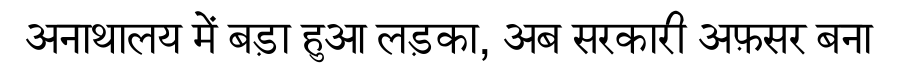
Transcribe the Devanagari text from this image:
अनाथालय में बड़ा हुआ लड़का, अब सरकारी अफ़सर बना